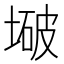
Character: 𫮒